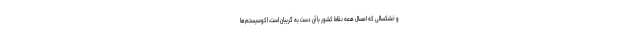
و خشکسالی که امسال همه نقاط کشور با آن دست به گریبان است، اکوسیستم‌ها